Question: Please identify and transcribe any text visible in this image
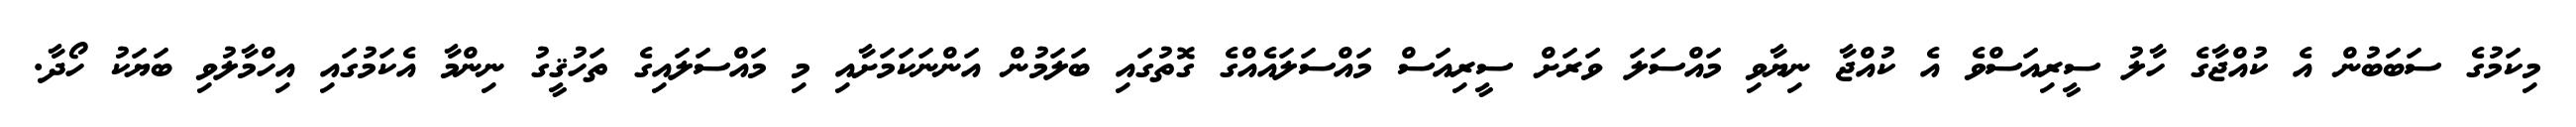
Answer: މިކަމުގެ ސަބަބުން އެ ކުއްޖާގެ ހާލު ސީރިއަސްވެ އެ ކުއްޖާ ނިޔާވި މައްސަލަ ވަރަށް ސީރިއަސް މައްސަލައެއްގެ ގޮތުގައި ބަލަމުން އަންނަކަމަށާއި މި މައްސަލައިގެ ތަހުޤީގު ނިންމާ އެކަމުގައި އިހްމާލުވި ބަޔަކު ހޯދާ.